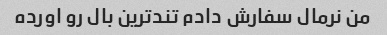
من نرمال سفارش دادم تند‌ترین بال رو اورده